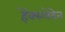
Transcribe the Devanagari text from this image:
हेंक्स्लेदेन